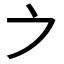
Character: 𪜊